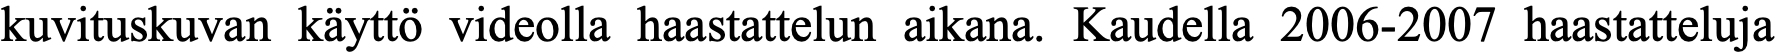
kuvituskuvan käyttö videolla haastattelun aikana. Kaudella 2006-2007 haastatteluja